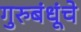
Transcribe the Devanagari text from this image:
गुरुबंधूंचे